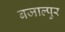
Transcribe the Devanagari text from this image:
बजाल्पुर